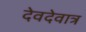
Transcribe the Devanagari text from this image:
देवदेवात्र